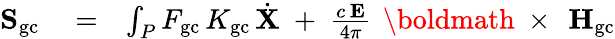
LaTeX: \begin{array}{rlr}{{\mathbf S}_{\mathrm{gc}}}&{{}=}&{\int_{P}F_{\mathrm{gc}}\, K_{\mathrm{gc}}\, \dot{\mathbf X}\; +\; \frac{c\, {\mathbf E}}{4\pi}\, \mathrm{~\boldmath~\times~}\, {\mathbf H}_{\mathrm{gc}}}\end{array}